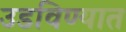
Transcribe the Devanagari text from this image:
उडविण्यात